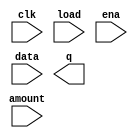
// Build a 64-bit arithmetic shift register, with synchronous load. The shifter can shift both left and right, and by 1 or 8 bit positions, selected by amount.

// An arithmetic right shift shifts in the sign bit of the number in the shift register (q[63] in this case) instead of zero as done by a logical right shift. Another way of thinking about an arithmetic right shift is that it assumes the number being shifted is signed and preserves the sign, so that arithmetic right shift divides a signed number by a power of two.

// There is no difference between logical and arithmetic left shifts.

// load: Loads shift register with data[63:0] instead of shifting.
// ena: Chooses whether to shift.
// amount: Chooses which direction and how much to shift.
// 2'b00: shift left by 1 bit.
// 2'b01: shift left by 8 bits.
// 2'b10: shift right by 1 bit.
// 2'b11: shift right by 8 bits.
// q: The contents of the shifter.

// Hint: A 5-bit number 11000 arithmetic right-shifted by 1 is 11100, while a logical right shift would produce 01100.
// Similarly, a 5-bit number 01000 arithmetic right-shifted by 1 is 00100, and a logical right shift would produce the same result, because the original number was non-negative.

module top_module(
    input clk,
    input load,
    input ena,
    input [1:0] amount,
    input [63:0] data,
    output reg [63:0] q); 

    // Insert your code here

endmodule